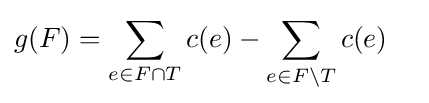
g(F)=\sum _{e\in F\cap T}c(e)-\sum _{e\in F\setminus T}c(e)\quad